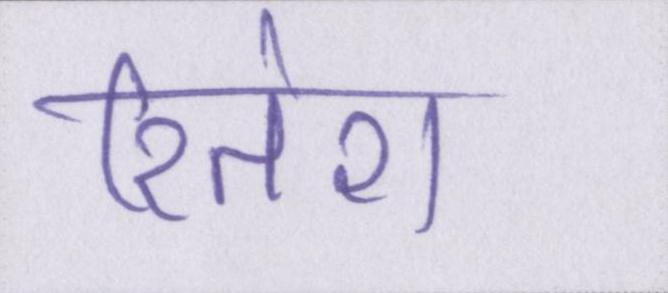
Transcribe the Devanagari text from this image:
रितेश